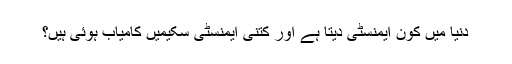
دنیا میں کون ایمنسٹی دیتا ہے اور کتنی ایمنسٹی سکیمیں کامیاب ہوئی ہیں؟